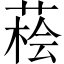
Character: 𦷭